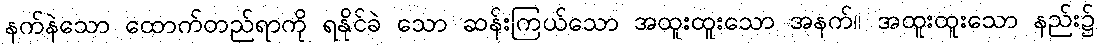
နက်နဲသော ထောက်တည်ရာကို ရနိုင်ခဲ သော ဆန်းကြယ်သော အထူးထူးသော အနက်။ အထူးထူးသော နည်း၌